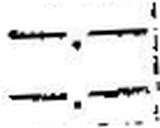
—.—